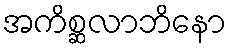
အကိစ္ဆလာဘိနော